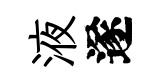
液遂